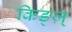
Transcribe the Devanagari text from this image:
किङ्ज़्